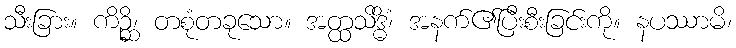
သီးခြား။ ကိဉ္ဆိ၊ တစုံတခုသော။ အတ္ထသိဒ္ဓိံ၊ အနက်၏ပြီးစီးခြင်းကို။ နပဿာမိ၊